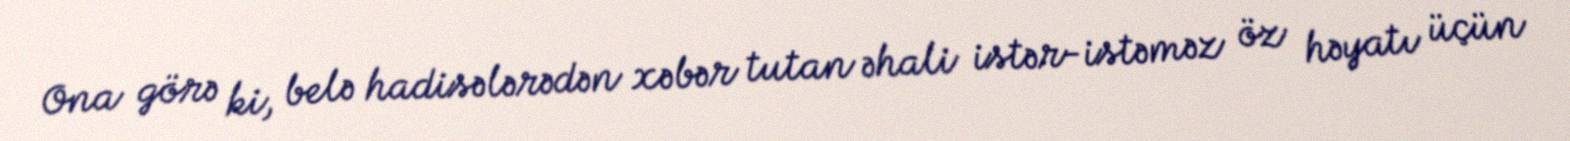
Ona görə ki, belə hadisələrədən xəbər tutan əhali istər-istəməz öz həyatı üçün